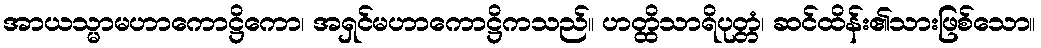
အာယသ္မာမဟာကောဋ္ဌိကော၊ အရှင်မဟာကောဋ္ဌိကသည်။ ဟတ္ထိသာရိပုတ္တံ၊ ဆင်ထိန်း၏သားဖြစ်သော။